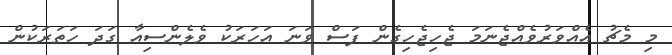
މި މެޗު އެއްވަރުވެއްޖެނަމަ ޖެހިޖެހިގެން ފަސް ވަނަ އަހަރަކު ވެލެންސިއާ ގަދަ ހަތަރަކުން